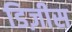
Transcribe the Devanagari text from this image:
डिज़ीस